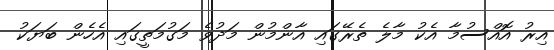
އިރު އޮއްސުމާ އެކު މާލެ ތެރޭގައި އާންމުން މަދުވެ މަގުމަތީގައި އެހެން ބަޔަކު